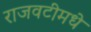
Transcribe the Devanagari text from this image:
राजवटीमधे